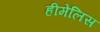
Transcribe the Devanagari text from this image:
हीमेलिस